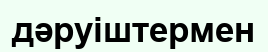
дәруіштермен